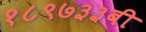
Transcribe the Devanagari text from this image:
१८९७३३बी